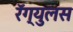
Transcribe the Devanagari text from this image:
रॅग्युलस